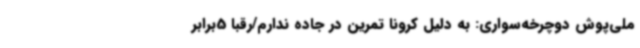
ملی‌پوش دوچرخه‌سواری: به دلیل کرونا تمرین در جاده ندارم/رقبا 5برابر